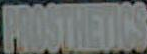
PROSTHETICS